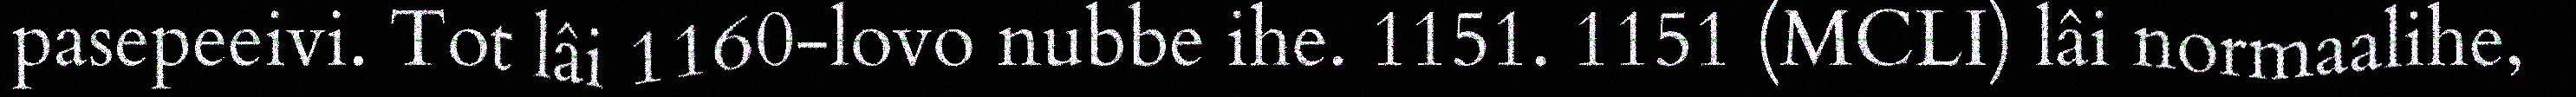
pasepeeivi. Tot lâi 1160-lovo nubbe ihe. 1151. 1151 (MCLI) lâi normaalihe,